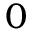
0